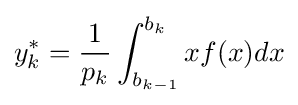
y_{k}^{*}={\frac {1}{p_{k}}}\int _{b_{k-1}}^{b_{k}}xf(x)dx